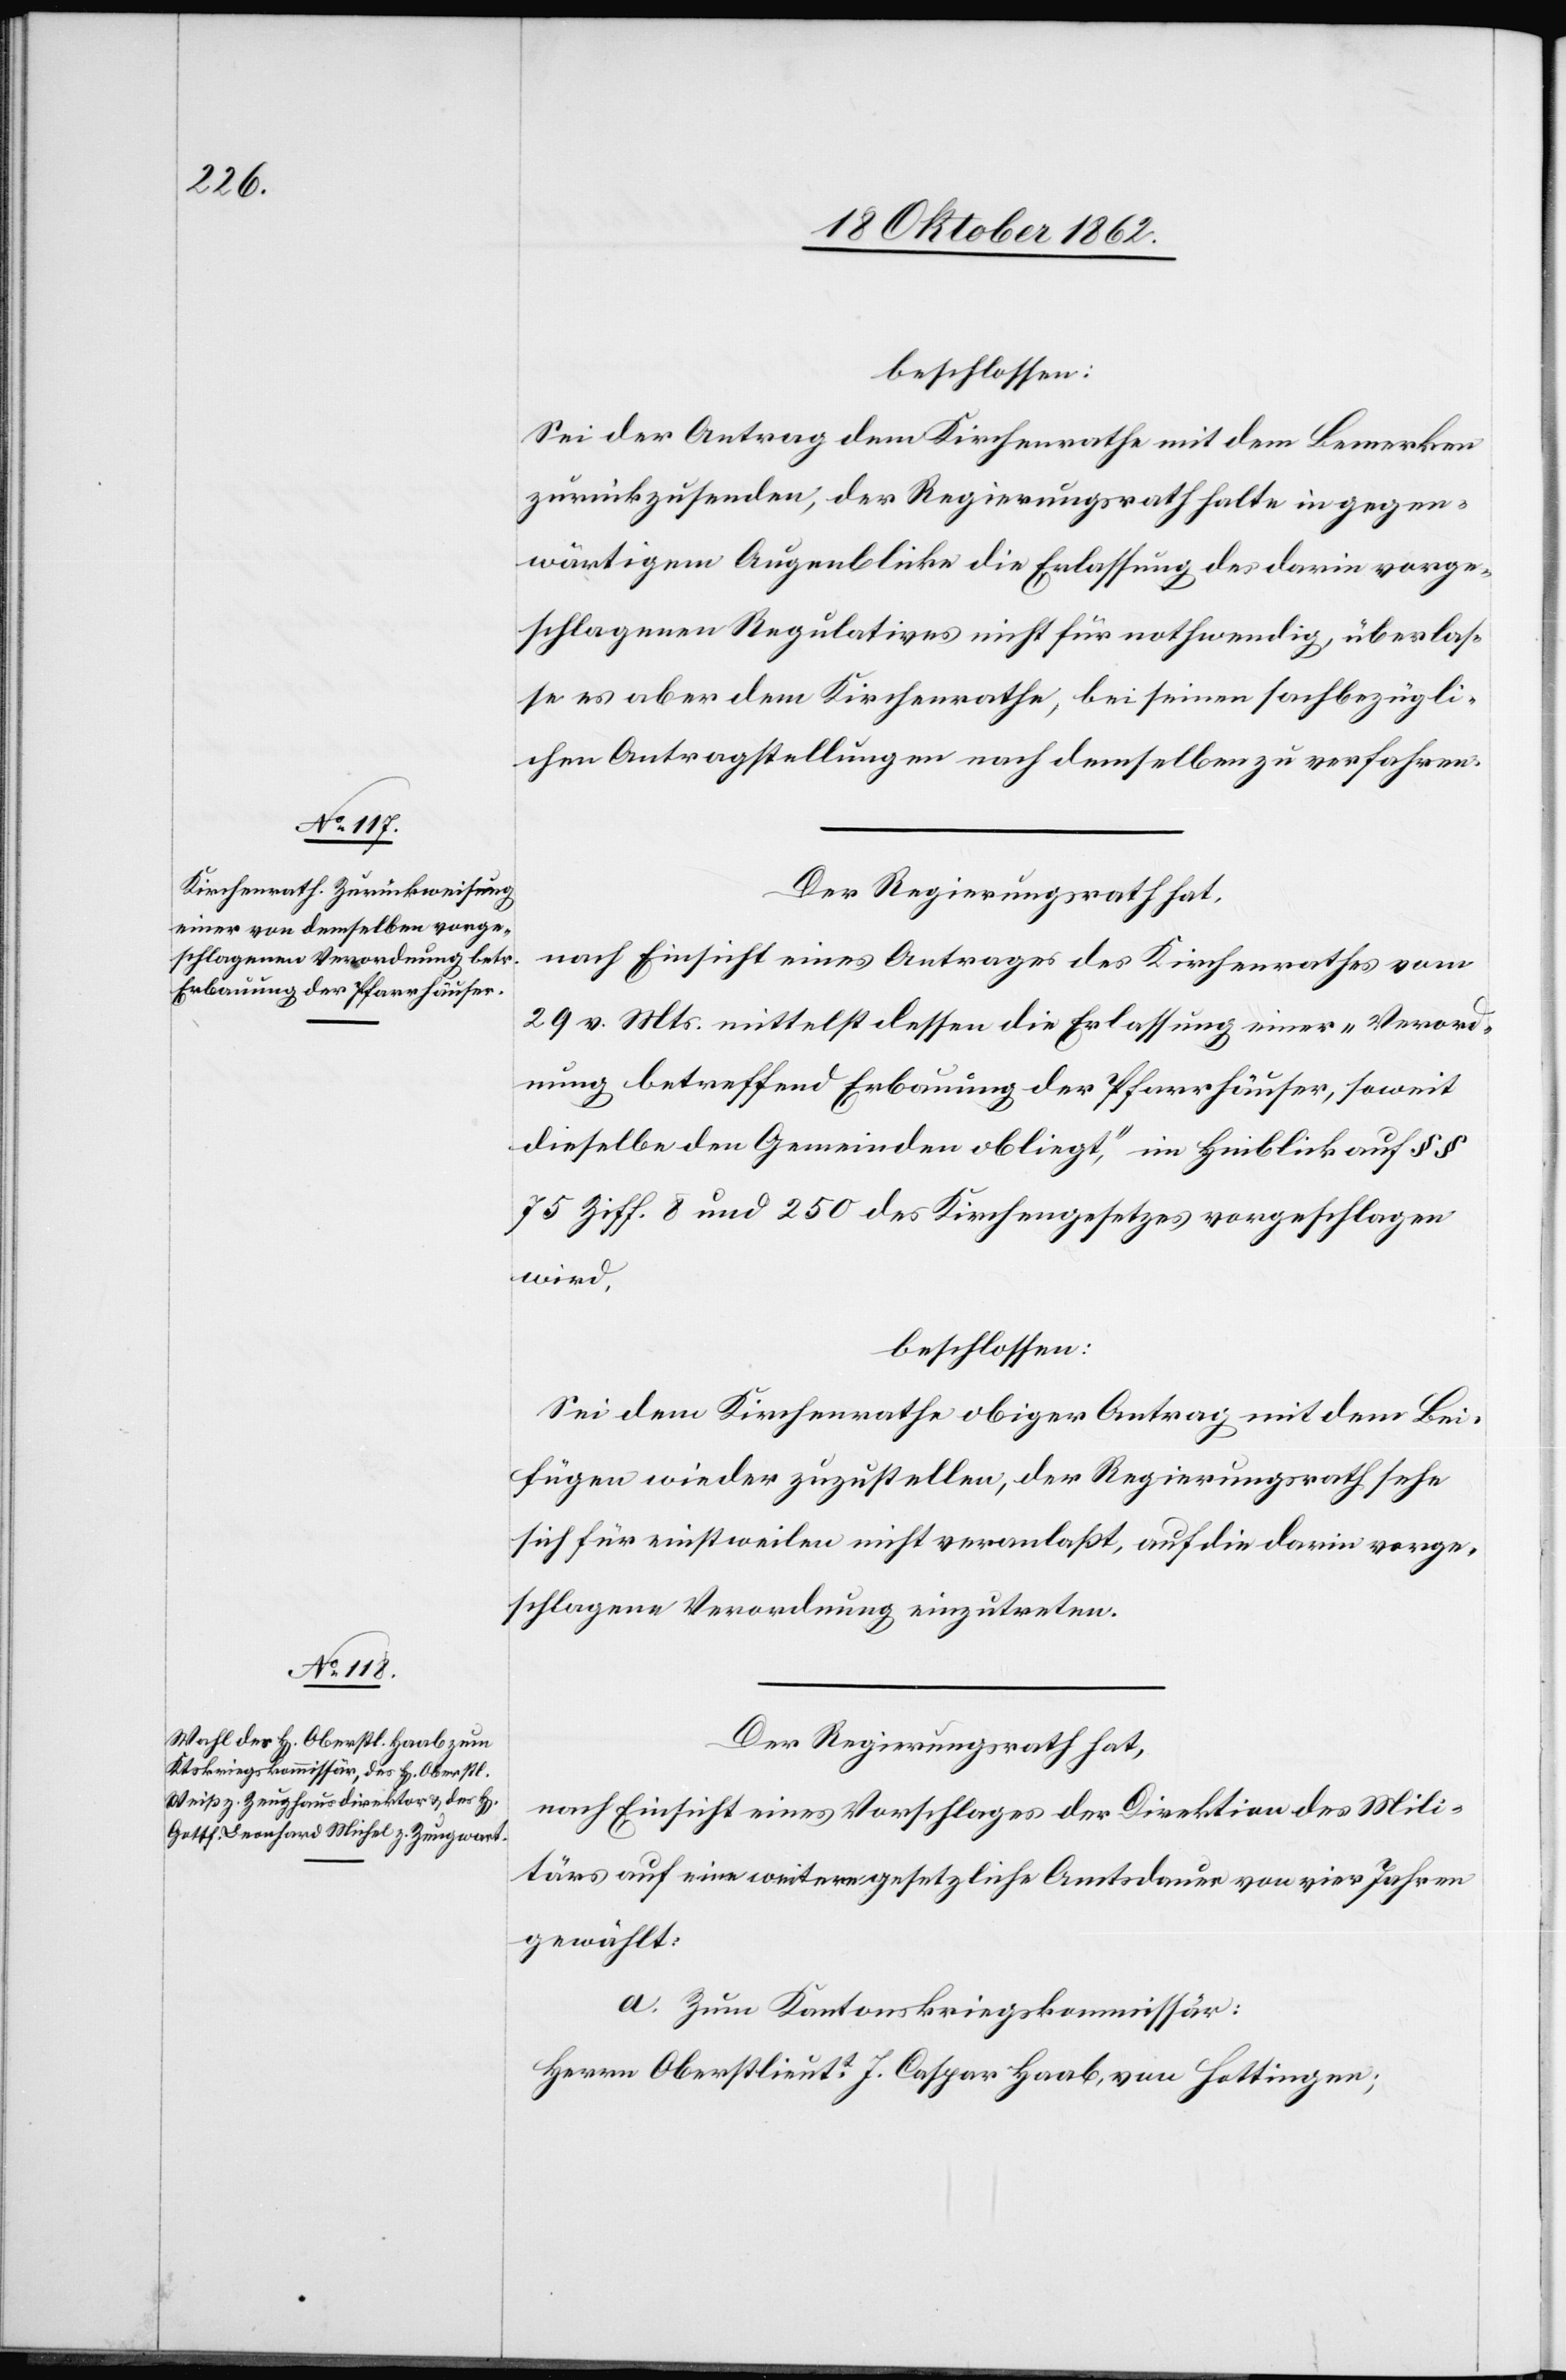
beschlossen:
Sei der Antrag dem Kirchenrathe mit dem Bemerken
zurückzusenden, der Regierungsrath halte in gegen¬
wärtigem Augenblicke die Erlassung des darin vorge¬
schlagenen Regulatives nicht für nothwendig, überlas¬
se es aber dem Kirchenrathe, bei seinen sachbezügli¬
chen Antragstellungen nach demselben zu verfahren.
Der Regierungsrath hat,
nach Einsicht eines Antrages des Kirchenrathes vom
29. v. Mts. mittelst dessen die Erlassung einer „Verord¬
nung betreffend Erbauung der Pfarrhäuser, soweit
dieselbe den Gemeinden obliegt“, im Hinblick auf §§
75 Ziff. 8 und 250 des Kirchengesetzes vorgeschlagen
wird,
beschlossen:
Sei dem Kirchenrathe obiger Antrag mit dem Bei¬
fügen wieder zuzustellen, der Regierungsrath sehe
sich für einstweilen nicht veranlaßt, auf die darin vorge¬
schlagene Verordnung einzutreten.
Der Regierungsrath hat,
nach Einsicht eines Vorschlages der Direktion des Mili¬
tärs auf eine weitere gesetzliche Amtsdauer von vier Jahren
gewählt:
a. Zum Kantonskriegskommissär:
Herrn Oberstlieutt J. Caspar Haab, von Hottingen;